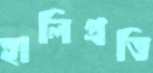
হালিপ্রতি